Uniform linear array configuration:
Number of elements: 8
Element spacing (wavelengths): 0.5
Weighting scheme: hamming
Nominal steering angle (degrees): -30
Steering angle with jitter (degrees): -30.453
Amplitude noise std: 0.05
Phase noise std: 0.05

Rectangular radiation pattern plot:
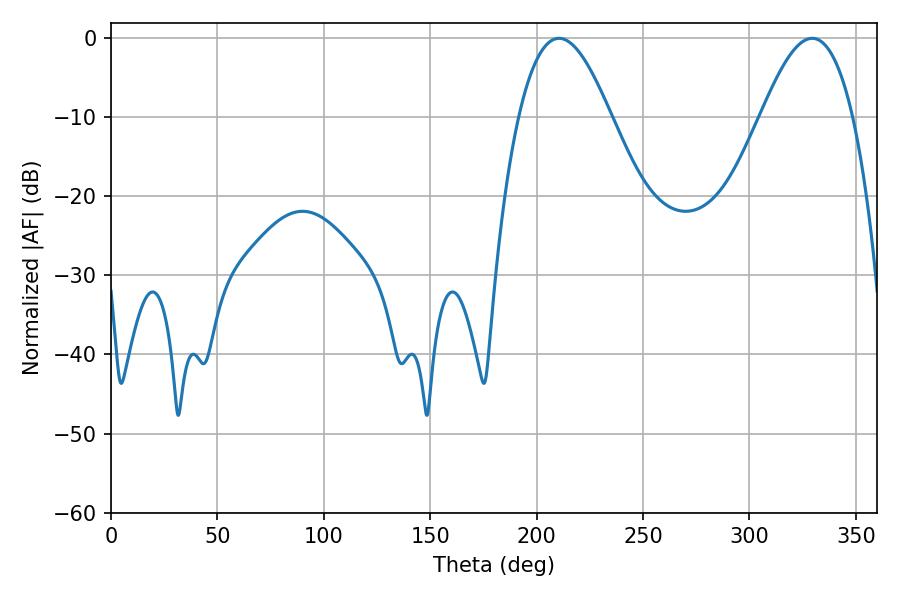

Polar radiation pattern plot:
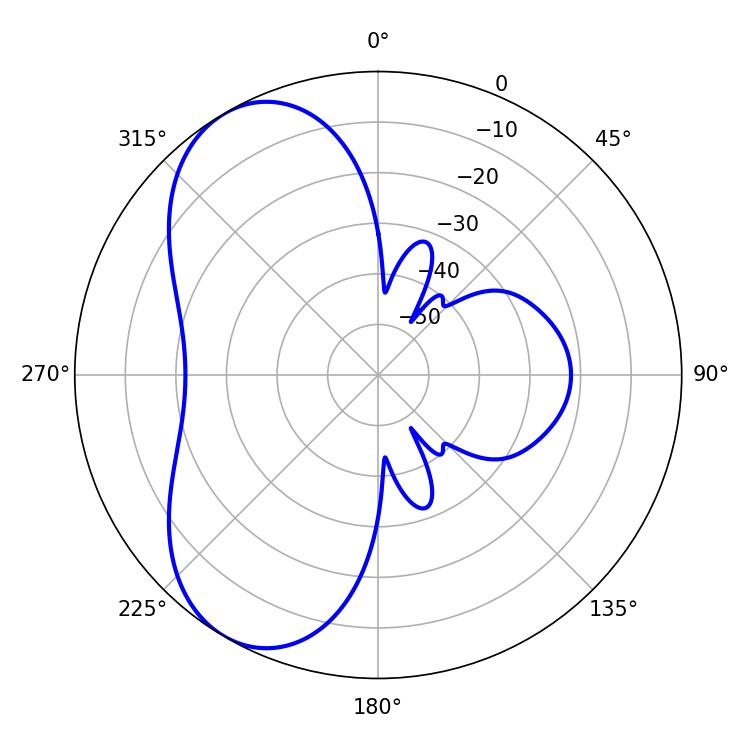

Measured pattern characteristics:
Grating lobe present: FALSE
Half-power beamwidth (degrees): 23.4
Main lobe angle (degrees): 210.6